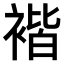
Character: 𧚻